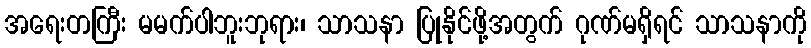
အရေးတကြီး မမက်ပါဘူးဘုရား၊ သာသနာ ပြုနိုင်ဖို့အတွက် ဂုဏ်မရှိရင် သာသနာကို